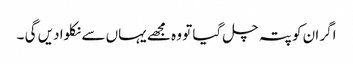
اگر ان کو پتہ چل گیا تو وہ مجھے یہاں سے نکلوا دیں گی ۔